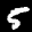
Label: 5